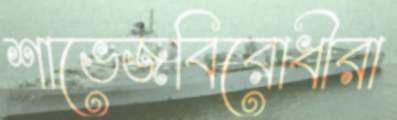
শাভেজবিরোধীরা